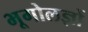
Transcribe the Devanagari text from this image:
भूगोलज्ञों